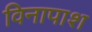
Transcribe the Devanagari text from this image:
विनापाश